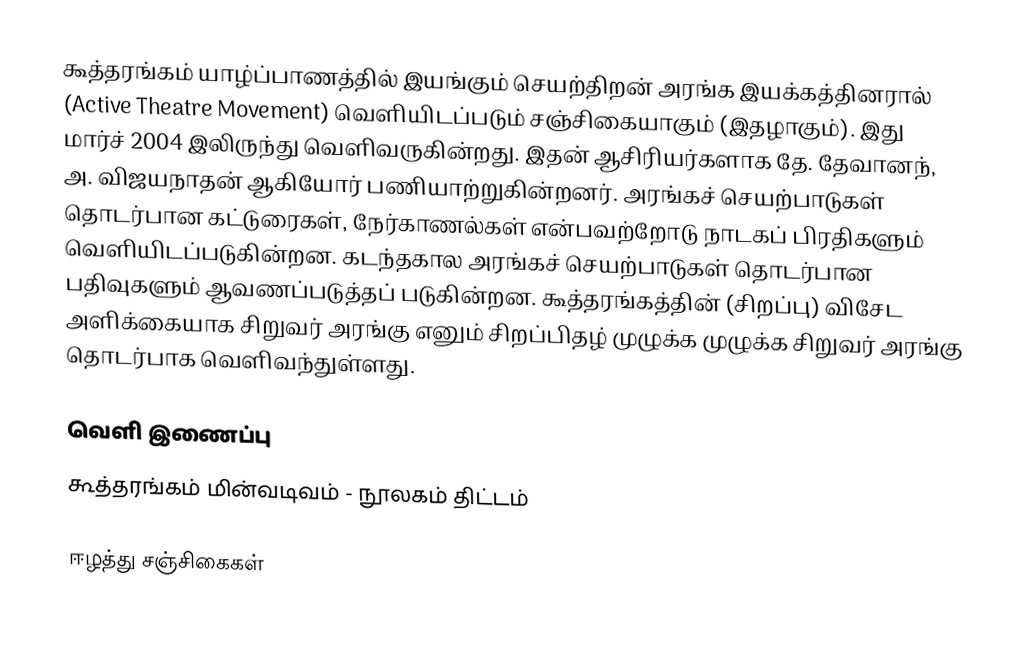
கூத்தரங்கம் யாழ்ப்பாணத்தில் இயங்கும் செயற்திறன் அரங்க இயக்கத்தினரால் (Active Theatre Movement) வெளியிடப்படும் சஞ்சிகையாகும் (இதழாகும்). இது மார்ச் 2004 இலிருந்து வெளிவருகின்றது. இதன் ஆசிரியர்களாக தே. தேவானந், அ. விஜயநாதன் ஆகியோர் பணியாற்றுகின்றனர். அரங்கச் செயற்பாடுகள் தொடர்பான கட்டுரைகள், நேர்காணல்கள் என்பவற்றோடு நாடகப் பிரதிகளும் வெளியிடப்படுகின்றன. கடந்தகால அரங்கச் செயற்பாடுகள் தொடர்பான பதிவுகளும் ஆவணப்படுத்தப் படுகின்றன. கூத்தரங்கத்தின் (சிறப்பு) விசேட அளிக்கையாக சிறுவர் அரங்கு எனும் சிறப்பிதழ் முழுக்க முழுக்க சிறுவர் அரங்கு தொடர்பாக வெளிவந்துள்ளது.

வெளி இணைப்பு
 கூத்தரங்கம் மின்வடிவம் - நூலகம் திட்டம்

ஈழத்து சஞ்சிகைகள்